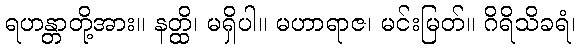
ရဟန္တာတို့အား။ နတ္ထိ၊ မရှိပါ။ မဟာရာဇ၊ မင်းမြတ်။ ဂိရိသိခရံ၊